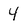
Character: 4